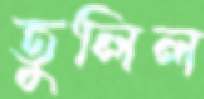
তুলিল